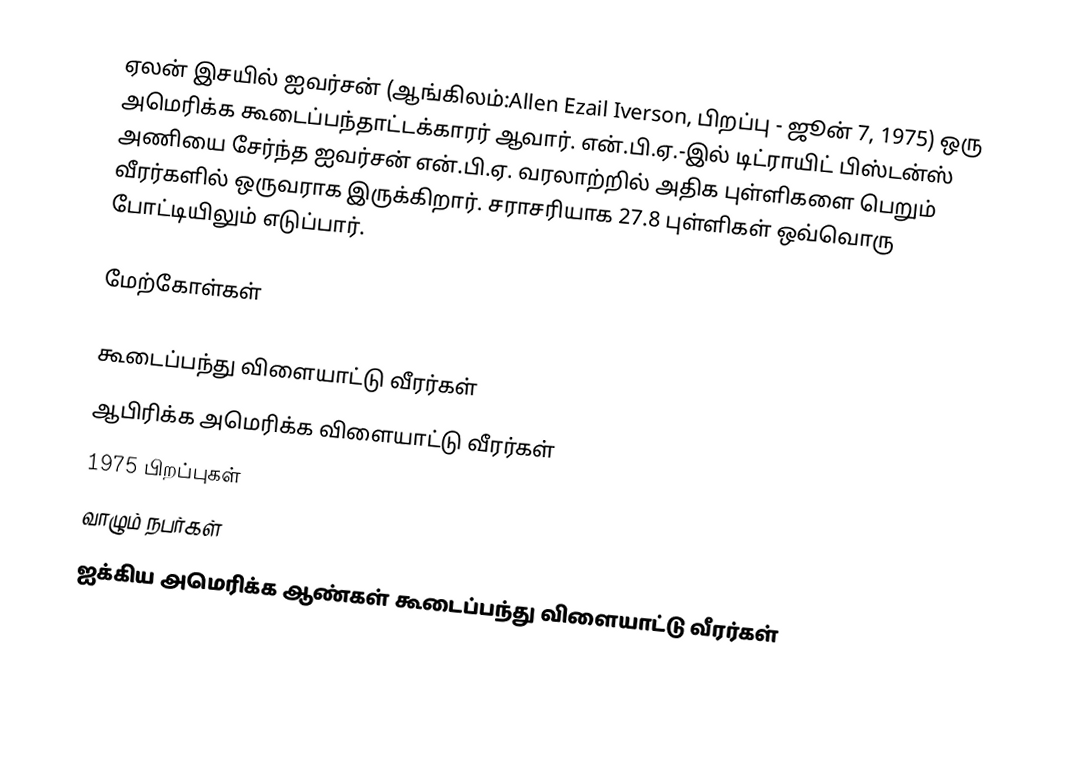
ஏலன் இசயில் ஐவர்சன் (ஆங்கிலம்:Allen Ezail Iverson, பிறப்பு - ஜூன் 7, 1975) ஒரு அமெரிக்க கூடைப்பந்தாட்டக்காரர் ஆவார். என்.பி.ஏ.-இல் டிட்ராயிட் பிஸ்டன்ஸ் அணியை சேர்ந்த ஐவர்சன் என்.பி.ஏ. வரலாற்றில் அதிக புள்ளிகளை பெறும் வீரர்களில் ஒருவராக இருக்கிறார். சராசரியாக 27.8 புள்ளிகள் ஒவ்வொரு போட்டியிலும் எடுப்பார்.

மேற்கோள்கள்

கூடைப்பந்து விளையாட்டு வீரர்கள்
ஆபிரிக்க அமெரிக்க விளையாட்டு வீரர்கள்
1975 பிறப்புகள்
வாழும் நபர்கள்
ஐக்கிய அமெரிக்க ஆண்கள் கூடைப்பந்து விளையாட்டு வீரர்கள்